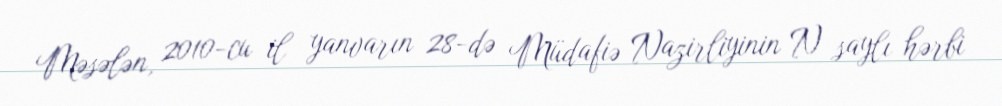
Məsələn, 2010-cu il yanvarın 28-də Müdafiə Nazirliyinin N saylı hərbi